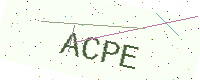
Text: ACPE